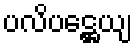
ပလိပဋ္ဌေယျ